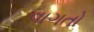
વાગતો